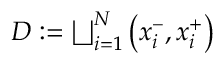
\begin{array} { r } { D : = \bigsqcup _ { i = 1 } ^ { N } \left( x _ { i } ^ { - } , x _ { i } ^ { + } \right) } \end{array}